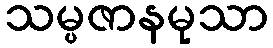
သမ္ပဇာနမုသာ